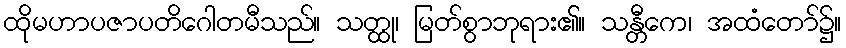
ထိုမဟာပဇာပတိဂေါတမီသည်။ သတ္ထု၊ မြတ်စွာဘုရား၏။ သန္တီကေ၊ အထံတော်၌။